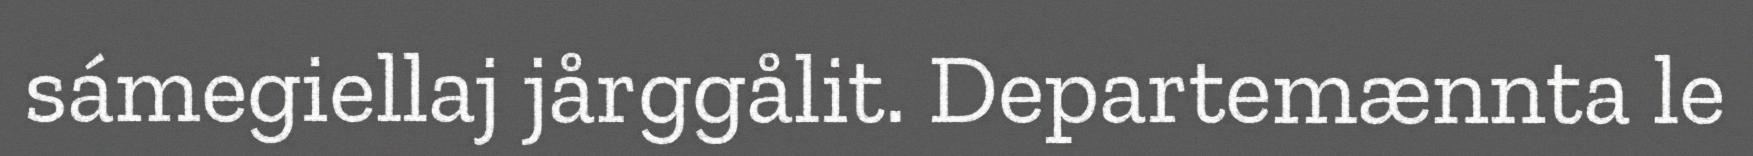
sámegiellaj jårggålit. Departemænnta le